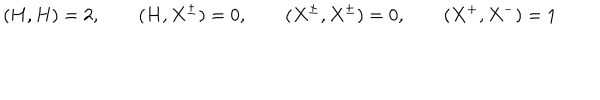
( H , H ) = 2 , \qquad ( H , X ^ { \pm } ) = 0 , \qquad ( X ^ { \pm } , X ^ { \pm } ) = 0 , \qquad ( X ^ { + } , X ^ { - } ) = 1